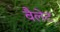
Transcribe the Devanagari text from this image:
वैलेट